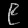
Digit: ၉